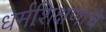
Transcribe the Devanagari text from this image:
धर्मशिक्षणाचे